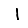
Digit: 1